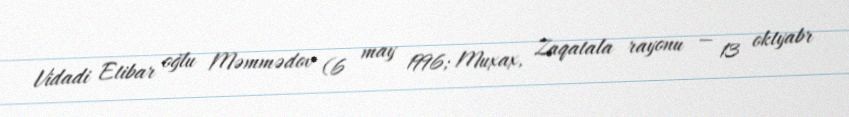
Vidadi Etibar oğlu Məmmədov (6 may 1996; Muxax, Zaqatala rayonu — 13 oktyabr